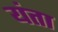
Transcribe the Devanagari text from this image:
यंता